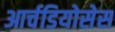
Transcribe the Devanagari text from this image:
आर्चडियोसेस